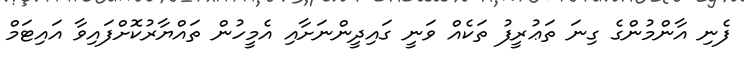
ފެނި އާންމުންގެ ގިނަ ތަޢުރީފު ތަކެއް ވަނީ ގައިދީންނަށާއި އެމީހުން ތައްޔާރުކޮށްފައިވާ އައިޓަމް